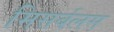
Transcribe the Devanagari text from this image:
मिसर्बलस